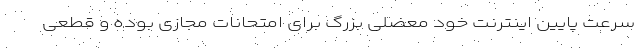
سرعت پایین اینترنت خود معضلی بزرگ برای امتحانات مجازی بوده و قطعی